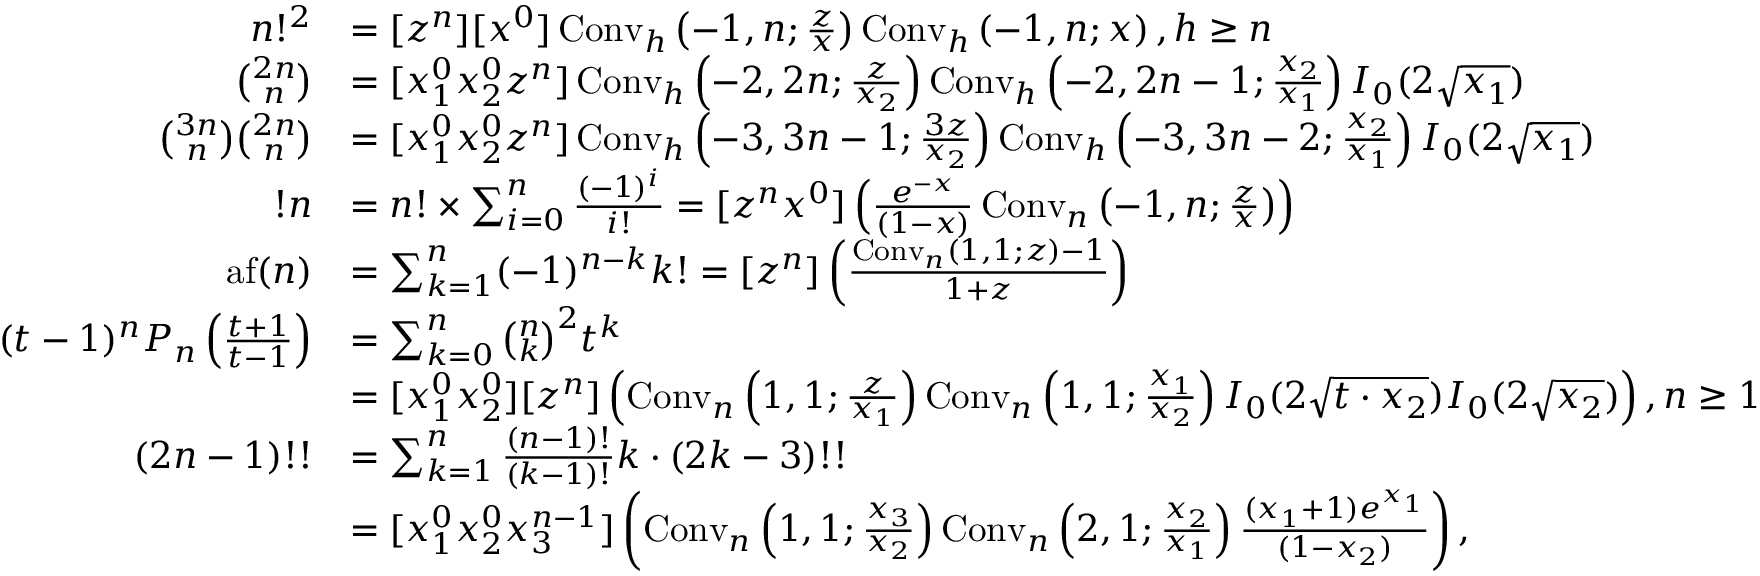
{ \begin{array} { r l } { n ! ^ { 2 } } & { = [ z ^ { n } ] [ x ^ { 0 } ] \operatorname { C o n v } _ { h } \left( - 1 , n ; { \frac { z } { x } } \right) \operatorname { C o n v } _ { h } \left( - 1 , n ; x \right) , h \geq n } \\ { { \binom { 2 n } { n } } } & { = [ x _ { 1 } ^ { 0 } x _ { 2 } ^ { 0 } z ^ { n } ] \operatorname { C o n v } _ { h } \left( - 2 , 2 n ; { \frac { z } { x _ { 2 } } } \right) \operatorname { C o n v } _ { h } \left( - 2 , 2 n - 1 ; { \frac { x _ { 2 } } { x _ { 1 } } } \right) I _ { 0 } ( 2 { \sqrt { x _ { 1 } } } ) } \\ { { \binom { 3 n } { n } } { \binom { 2 n } { n } } } & { = [ x _ { 1 } ^ { 0 } x _ { 2 } ^ { 0 } z ^ { n } ] \operatorname { C o n v } _ { h } \left( - 3 , 3 n - 1 ; { \frac { 3 z } { x _ { 2 } } } \right) \operatorname { C o n v } _ { h } \left( - 3 , 3 n - 2 ; { \frac { x _ { 2 } } { x _ { 1 } } } \right) I _ { 0 } ( 2 { \sqrt { x _ { 1 } } } ) } \\ { ! n } & { = n ! \times \sum _ { i = 0 } ^ { n } { \frac { ( - 1 ) ^ { i } } { i ! } } = [ z ^ { n } x ^ { 0 } ] \left( { \frac { e ^ { - x } } { ( 1 - x ) } } \operatorname { C o n v } _ { n } \left( - 1 , n ; { \frac { z } { x } } \right) \right) } \\ { \operatorname { a f } ( n ) } & { = \sum _ { k = 1 } ^ { n } ( - 1 ) ^ { n - k } k ! = [ z ^ { n } ] \left( { \frac { \operatorname { C o n v } _ { n } ( 1 , 1 ; z ) - 1 } { 1 + z } } \right) } \\ { ( t - 1 ) ^ { n } P _ { n } \left( { \frac { t + 1 } { t - 1 } } \right) } & { = \sum _ { k = 0 } ^ { n } { \binom { n } { k } } ^ { 2 } t ^ { k } } \\ & { = [ x _ { 1 } ^ { 0 } x _ { 2 } ^ { 0 } ] [ z ^ { n } ] \left( \operatorname { C o n v } _ { n } \left( 1 , 1 ; { \frac { z } { x _ { 1 } } } \right) \operatorname { C o n v } _ { n } \left( 1 , 1 ; { \frac { x _ { 1 } } { x _ { 2 } } } \right) I _ { 0 } ( 2 { \sqrt { t \cdot x _ { 2 } } } ) I _ { 0 } ( 2 { \sqrt { x _ { 2 } } } ) \right) , n \geq 1 } \\ { ( 2 n - 1 ) ! ! } & { = \sum _ { k = 1 } ^ { n } { \frac { ( n - 1 ) ! } { ( k - 1 ) ! } } k \cdot ( 2 k - 3 ) ! ! } \\ & { = [ x _ { 1 } ^ { 0 } x _ { 2 } ^ { 0 } x _ { 3 } ^ { n - 1 } ] \left( \operatorname { C o n v } _ { n } \left( 1 , 1 ; { \frac { x _ { 3 } } { x _ { 2 } } } \right) \operatorname { C o n v } _ { n } \left( 2 , 1 ; { \frac { x _ { 2 } } { x _ { 1 } } } \right) { \frac { ( x _ { 1 } + 1 ) e ^ { x _ { 1 } } } { ( 1 - x _ { 2 } ) } } \right) , } \end{array} }